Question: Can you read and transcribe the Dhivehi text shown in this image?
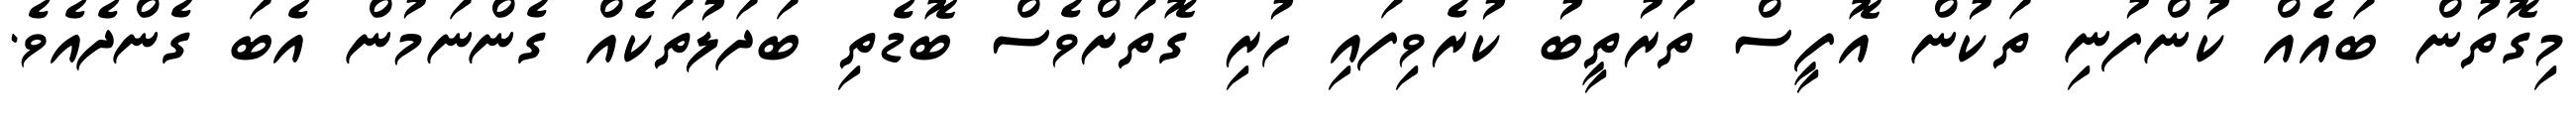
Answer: މިގޮތުން ބައެއް ކުންފުނި ތަކުން އޮފީސް ތަރުތީބު ކުރެވިފައި ހުރި ގޮތަށްވެސް ބޮޑެތި ބަދަލުތަކެއް ގެންނަމުން އެބަ ގެންދެއެވެ.